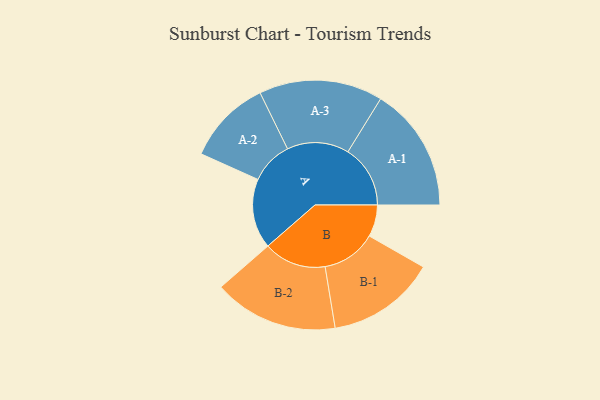
{"axis": {"x": "Segment", "y": "Value"}, "legend": ["", "A", "B"], "data": [{"x": "A", "y": 274, "type": ""}, {"x": "B", "y": 125, "type": ""}, {"x": "A-1", "y": 245, "type": "A"}, {"x": "A-2", "y": 167, "type": "A"}, {"x": "A-3", "y": 243, "type": "A"}, {"x": "B-1", "y": 214, "type": "B"}, {"x": "B-2", "y": 245, "type": "B"}]}